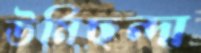
ঊর্মিছন্দা